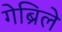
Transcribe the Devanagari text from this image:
गेब्रिले